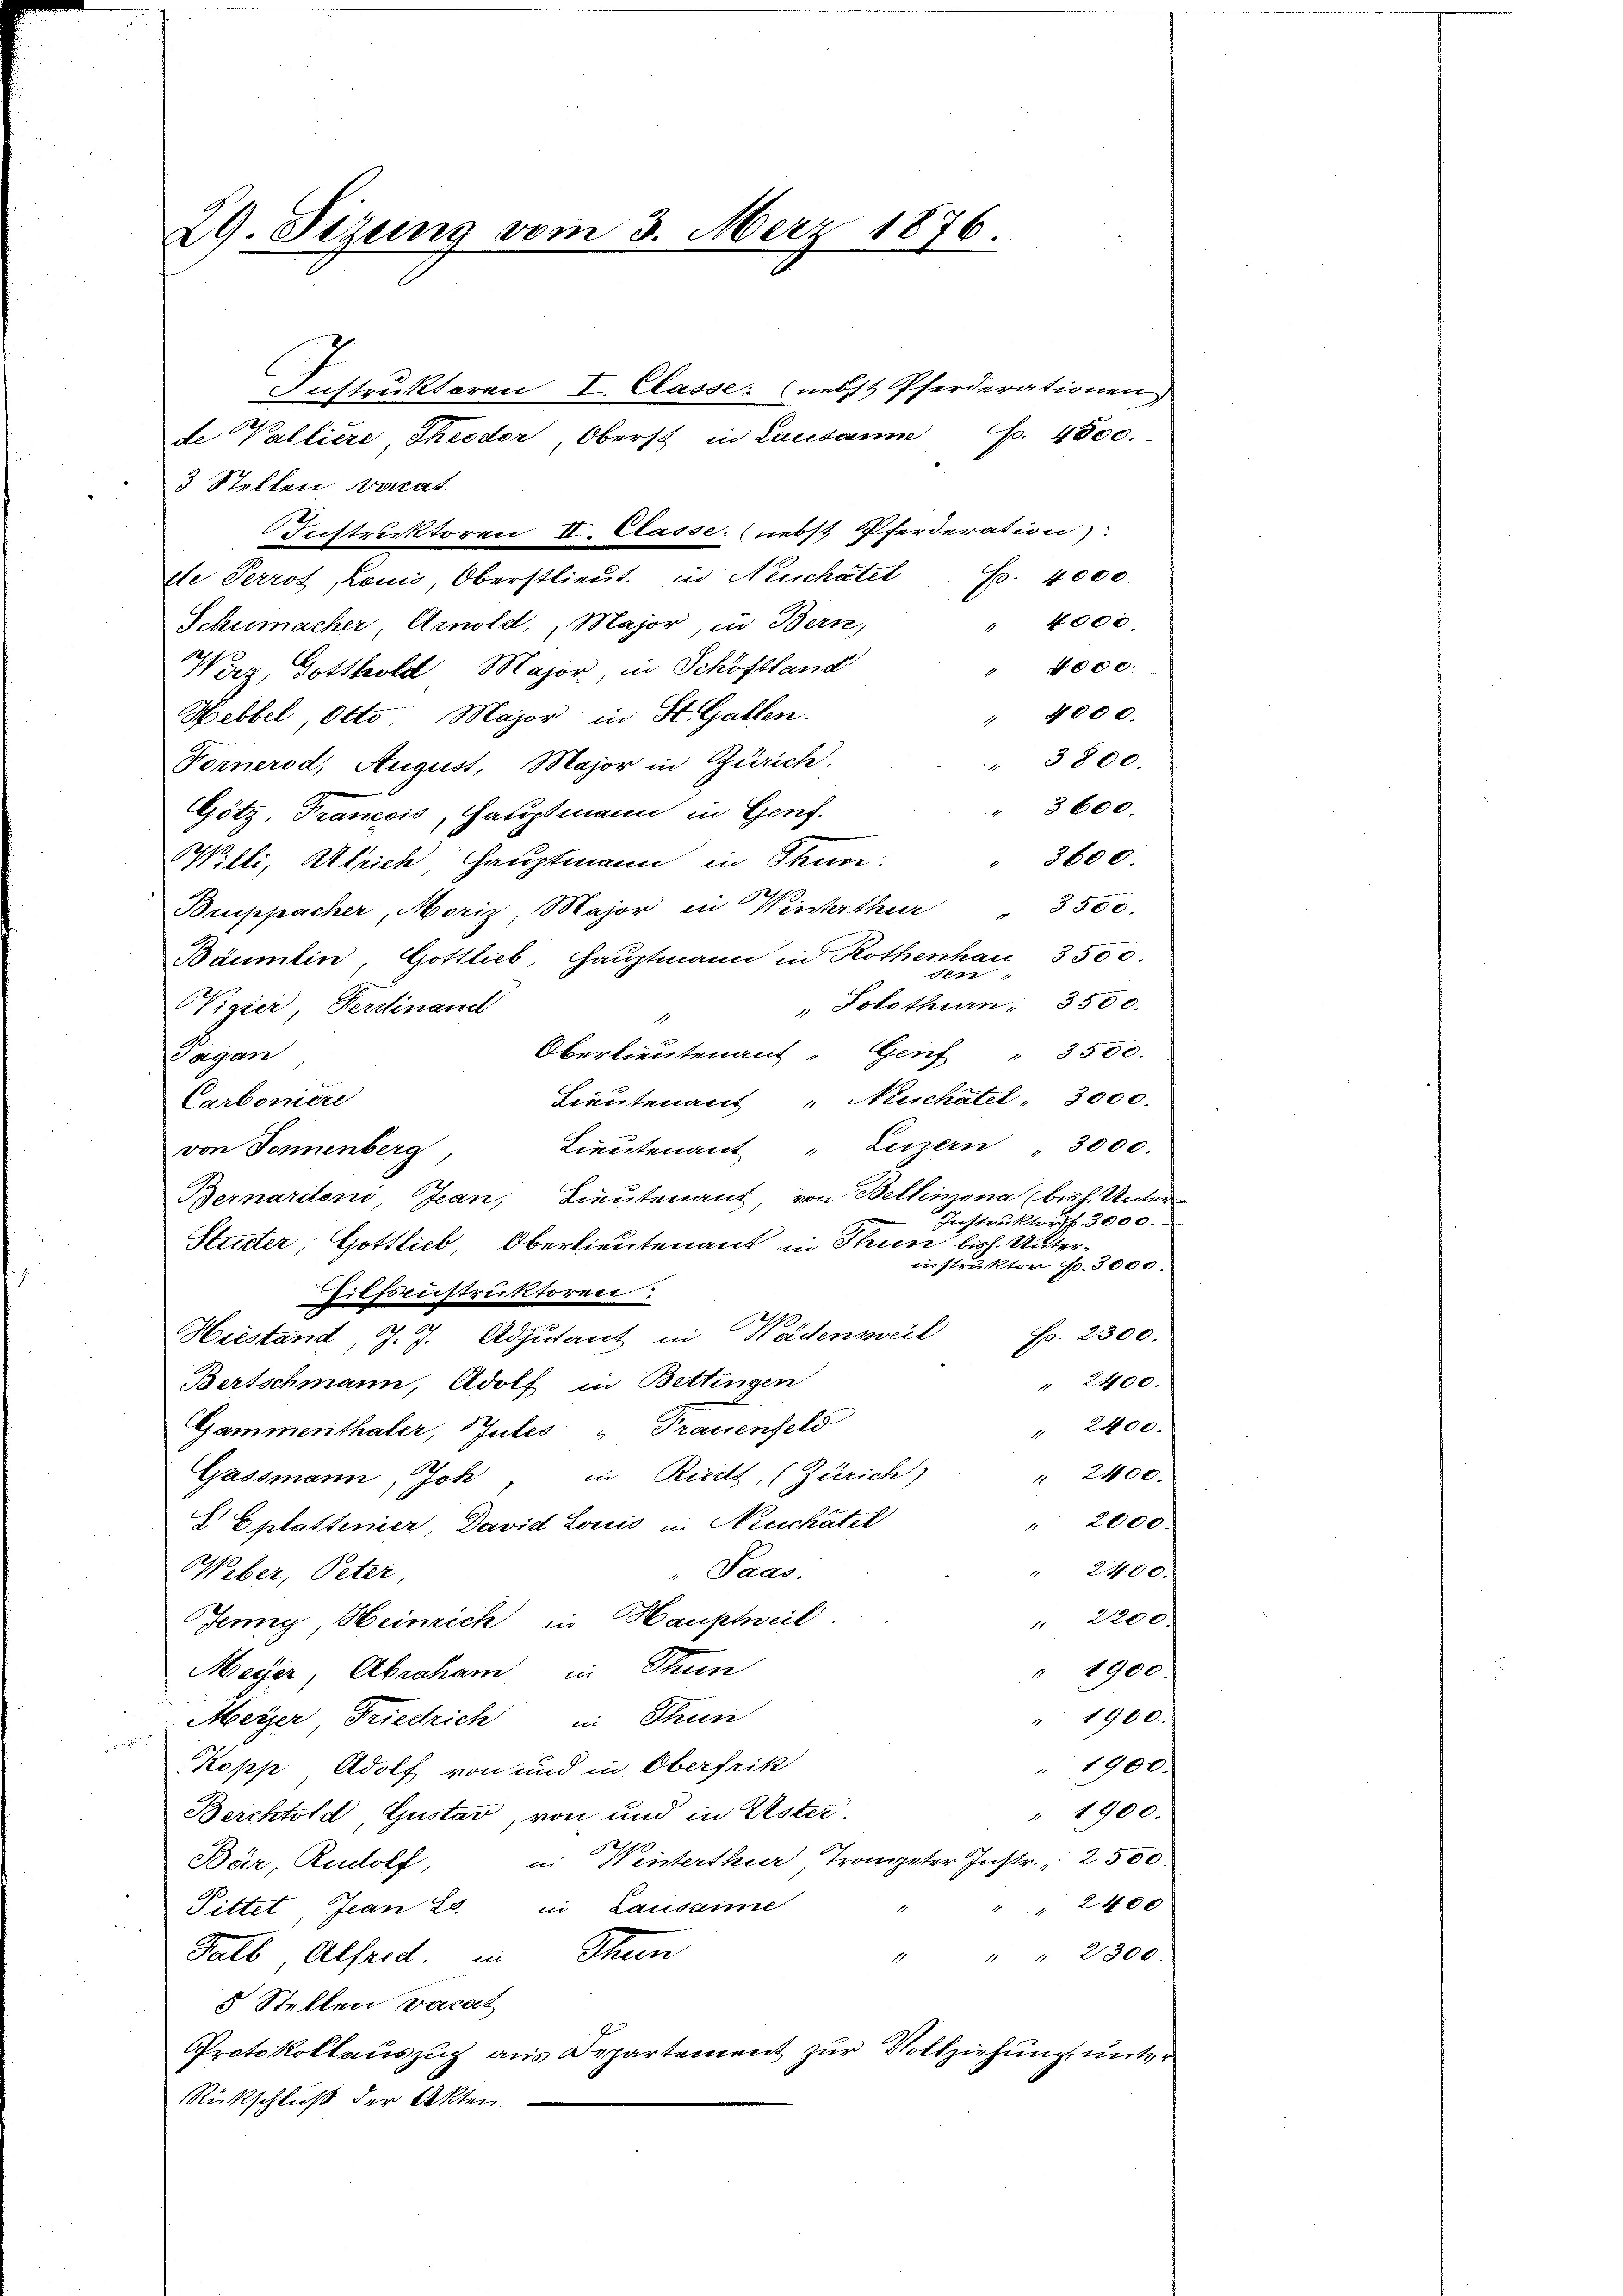
29. Sitzung vom 3. März 1876.

dte Perrot, Louis, Oberstlieut. in Neuchatel Fr. 4000.

Instruktoren I. Classe: (nebst Pferderationen
de Walliere Theodor, Oberst in Lausanne f. 4800.
3 Stellen, vocat
Instruktoren II. Classe: nebst Pferderation).
4000
Schumacher Arnold, Major, in Bern,
4000.
Werz, Gotthold, Major, in Schöfsland
" 4000.
Hebbel, Otto. Major in St. Gallen.
" 3800.
Fornerod, August, Major in Zürich.
3600.
Götz Tranesis, Hauptmann in Genf.
3600.
Willi, Absich Hauptmann in Thur
6
Bruppacher, Moriz, Major in Winterthur 3500.
Bäumlin, Gottlieb, Hauptmann in Rothenhau 3500.
17
" Solothurn. 3500.
Wigier, Ferdinand
Oberlieutenant Genf " 3500.
Sagan
Lieutenant "Neuchatel, 3000.
Carboniere
Lieutenant " Luzern " 3000.
von Sonnenberg,
Bernaritoni, Jean, Lieutenant, von Bellmona (bis s. Unter
Instruktors. 3000.
Stutter; Gottlich, Oberlieutenant in Thun bish. Unterinstruktor p. 3000.
Tiefenstruktoren
sp. 2300.
Hiestand, J. J. Adjutant in Waldensweil
" 2400.
Bertschmann, Adolf in Bettingen
" 2400.
Gammenthaler, Gutes " Trauenfeld
" 2400.
Gassmann, Joh, in Riedt, (Zürich)
" 2000.
8 Eplattenier, David Louis in Neuchâtel
" 2400.
"Paas.
Weber, Peter
" 2200.
Jenny, Heinrich in Hauptweil.
" 1900.
Meyer, Abraham in Thun
" 1900.
Meizer Friedrich in Thun
Kopp Adolf von und in Oberfrik
" 1900.
" 1900.
Berchtold, Gustav, von und in Uster
in Winterthur Trompeter Instr. 2500
Bär, Rudolf,
" 2400
1
Pittet, Jean 20. in Lausanne
Kalb Alferd, in Thun
" " 2300.
1
5 Stellen vacat
Protokollauszug aus Departement zur Vollziehung unter
Rückschluß der Akten.